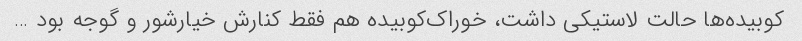
کوبیده‌ها حالت لاستیکی داشت، خوراک‌کوبیده هم فقط کنارش خیارشور و گوجه بود …